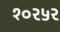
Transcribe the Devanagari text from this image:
१०२५२